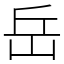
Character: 岳